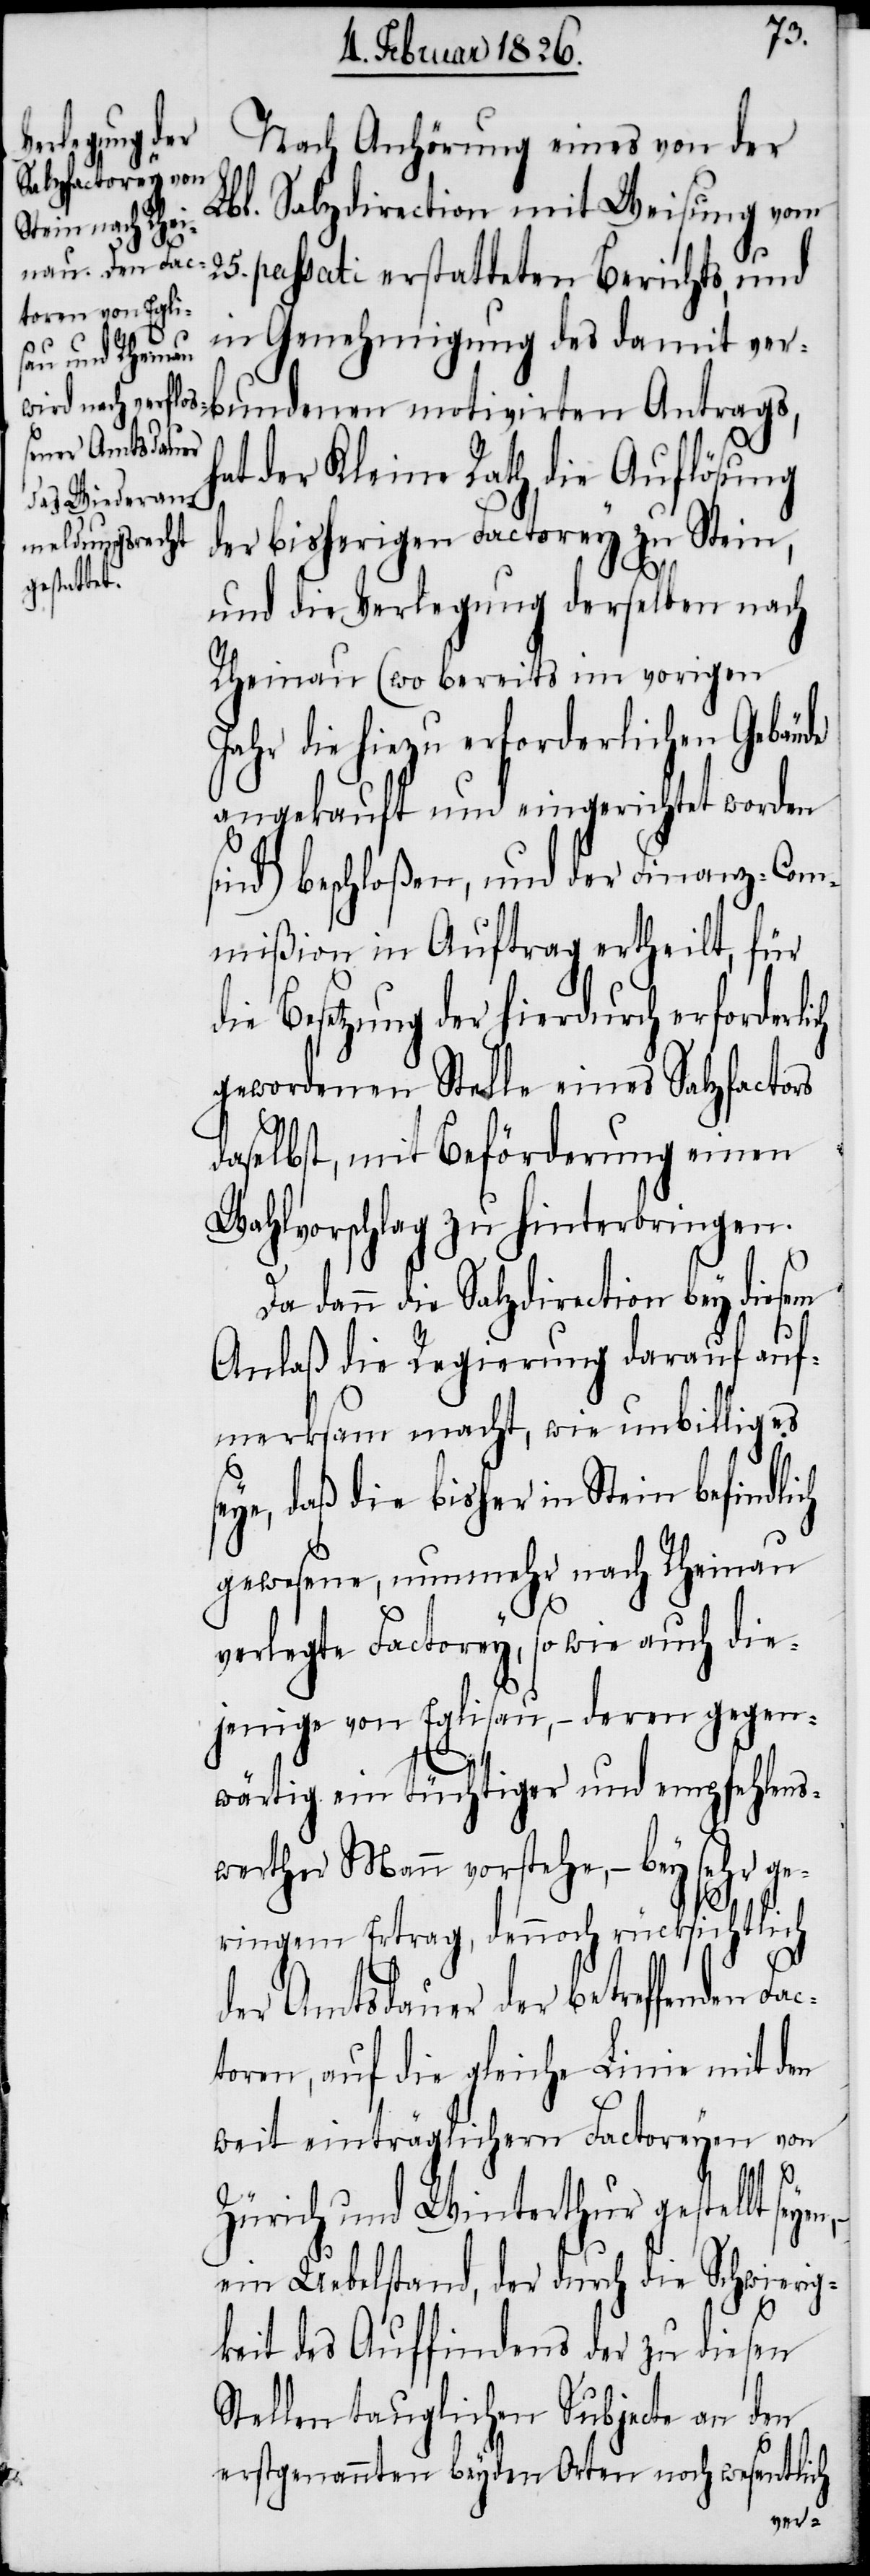
Nach Anhörung eines von der
Lbl. Salzdirection mit Weisung vom
25. passati erstatteten Berichts, und
in Genehmigung des damit ve¬
rbundenen motivirten Antrags,
hat der Kleine Rath die Auflösung
der bisherigen Factorey zu Stein,
und die Verlegung derselben nach
Rheinau (wo bereits im vorigen
Jahr die hiezu erforderlichen Gebäude
angekauft und eingerichtet worden
ind) beschloßen, und der Finanz-Com¬
mißion in Auftrag ertheilt, für
die Besetzung der hierdurch erforderlich
gewordenen Stelle eines Salzfactors
daselbst, mit Beförderung einen
Wahlvorschlag zu hinterbringen.
Da dann die Salzdirection bey diesem
Anlaß die Regierung darauf auf¬
merksam macht, wie unbillig es
eye, daß die bisher in Stein befindli¬
gewesene, nunmehr nach Rheinau
verlegte Factorey, so wie auch die¬
jenige von Eglisau, – deren gegen¬
wärtig ein tüchtiger und empfehlens¬
werther Mann vorstehe, – bey sehr ge¬
ringem Ertrag, dennoch rücksichtlich
der Amtsdauer der betreffenden Fa¬
ctoren, auf die gleiche Linie mit den
weit einträglichern Factoreyen von
Zürich und Winterthur gestellt
ein Uebelstand, der durch die Schwierig¬
ch
keit des Auffindens der zu diesen
Stellen tauglichen Subjecte an den
erstgenannten beyden Orten noch wesentlich